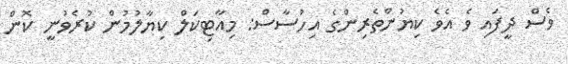
ވެސް ދީފައި ވެ އެވެ ކިޔުންތެރިންގެ އިހުސާސް: މިއާޓިކަލް ކިޔާލުމުން ކުރެވުނީ ކޮން